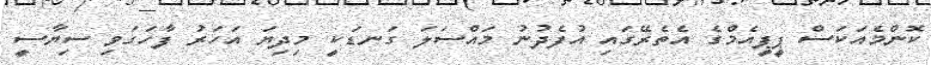
ކޮންމެއަކަސް ޕީޕީއެމްގެ އެތެރޭގައި އުފެދުނު މައްސަލަ ގަނޑަކީ މިދިޔަ އަހަރު ފާހަގަވި ސިޔާސީ